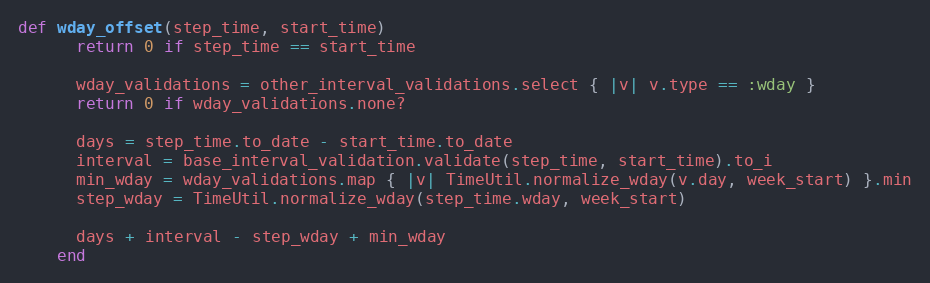
Language: Ruby
def wday_offset(step_time, start_time)
      return 0 if step_time == start_time

      wday_validations = other_interval_validations.select { |v| v.type == :wday }
      return 0 if wday_validations.none?

      days = step_time.to_date - start_time.to_date
      interval = base_interval_validation.validate(step_time, start_time).to_i
      min_wday = wday_validations.map { |v| TimeUtil.normalize_wday(v.day, week_start) }.min
      step_wday = TimeUtil.normalize_wday(step_time.wday, week_start)

      days + interval - step_wday + min_wday
    end